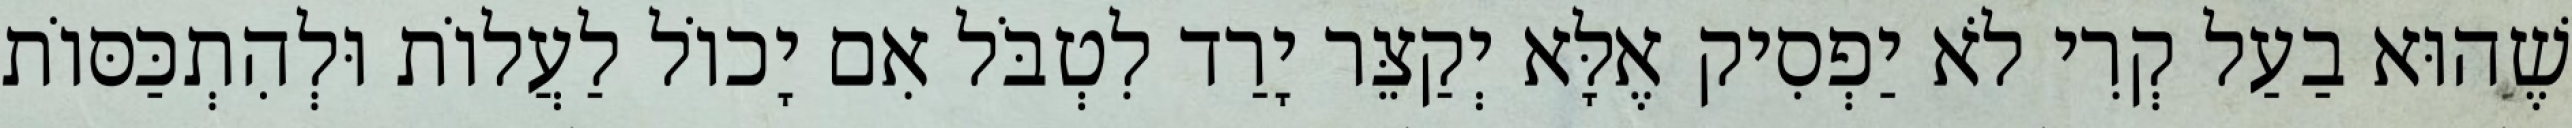
שֶׁהוּא בַעַל קְרִי לֹא יַפְסִיק אֶלָּא יְקַצֵּר יָרַד לִטְבֹּל אִם יָכוֹל לַעֲלוֹת וּלְהִתְכַּסּוֹת